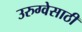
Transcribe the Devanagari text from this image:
उरुग्वेसाठी